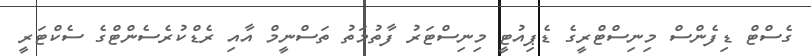
ގެސްޓް ޑިފެންސް މިނިސްޓްރީގެ ޑެޕިއުޓީ މިނިސްޓަރު ފާތުމަތު ތަސްނީމް އާއި ރެޑްކުރެސެންޓްގެ ސެކްޓަރީ